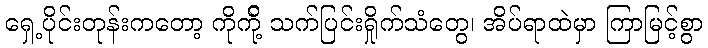
ရှေ့ပိုင်းတုန်းကတော့ ကိုကို့် သက်ပြင်းရှိုက်သံတွေ၊ အိပ်ရာထဲမှာ ကြာမြင့်စွာ